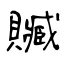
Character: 贓